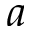
a